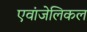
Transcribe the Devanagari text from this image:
एवांजेलिकल